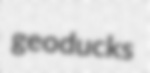
geoducks